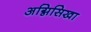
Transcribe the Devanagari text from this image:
अग्निसिखा